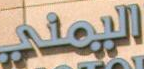
اليمني